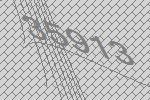
35913